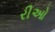
રીઓ